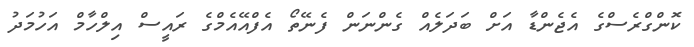
ކޮންގްރެސްގެ އެޖެންޑާ އަށް ބަދަލެއް ގެންނަން ފެނޭތޯ އެފްއޭއެމްގެ ރައީސް އިލްހާމް އަހުމަދު